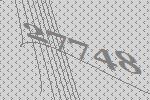
27748